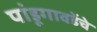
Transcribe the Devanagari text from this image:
पांडूगावडेंचे